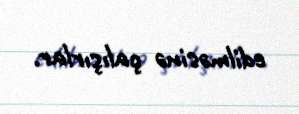
edilməsinə çalışırlar.